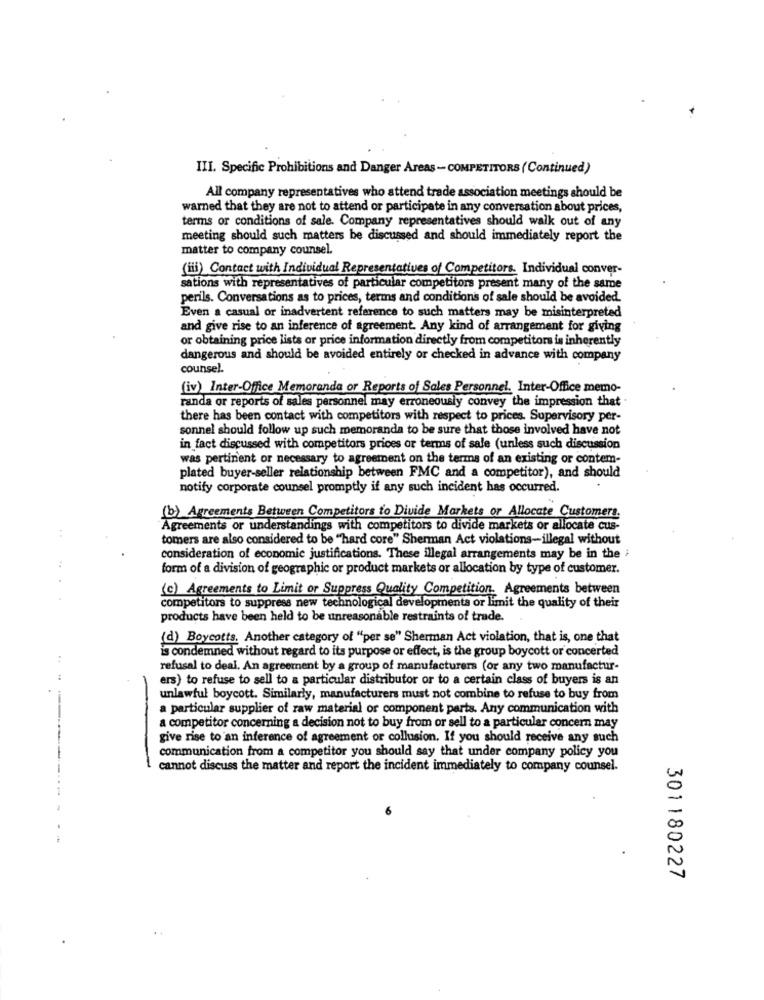
III. Specific Prohibitions and Danger Areas -COMPETITORS (Continued)
All company representatives who attend trade association meetings should be
warned that they are not to attend or participate in any conversation about prices,
terms or conditions of sale. Company representatives should walk out of any
meeting should such matters be discussed and should immediately report the
matter to company counsel.
(iii) Contact with Individual Representatives of Competitors. Individual conver-
sations with representatives of particular competitors present many of the same
perils. Conversations as to prices, terms and conditions of sale should be avoided.
Even a casual or inadvertent reference to such matters may be misinterpreted
and give rise to an inference of agreement. Any kind of arrangement for giving
or obtaining price lists or price information directly from competitors is inherently
dangerous and should be avoided entirely or checked in advance with company
counsel.
(iv) Inter-Office Memoranda or Reports of Sales Personnel. Inter-Office memo-
randa or reports of sales personnel may erroneously convey the impression that
there has been contact with competitors with respect to prices. Supervisory per-
sonnel should follow up such memoranda to be sure that those involved have not
in fact discussed with competitors prices or terms of sale (unless such discussion
was pertinent or necessary to agreement on the terms of an existing or contem-
plated buyer-seller relationship between FMC and a competitor), and should
notify corporate counsel promptly if any such incident has occurred.
(b) Agreements Between Competitors to Divide Markets or Allocate Customers.
Agreements or understandings with competitors to divide markets or allocate cus-
tomers are also considered to be "hard core" Sherman Act violations-illegal without
consideration of economic justifications. These illegal arrangements may be in the i
form of a division of geographic or product markets or allocation by type of customer.
(c) Agreements to Limit or Suppress Quality Competition. Agreements between
competitors to suppress new technological developmenta or limit the quality of their
products have been held to be unreasonable restraints of trade.
(d) Boycotts. Another category of "per se" Sherman Act violation, that is, one that
is condemned without regard to its purpose or effect, is the group boycott or concerted
refusal to deal. An agreement by a group of manufacturers (or any two manufactur-
ers) to refuse to sell to a particular distributor or to a certain class of buyers is an
unlawful boycott. Similarly, manufacturers must not combine to refuse to buy from
a particular supplier of raw material or component parts. Any communication with
a competitor concerning a decision not to buy from or sell to a particular concern may
give rise to an inference of agreement or collusion. If you should receive any such
communication from a competitor you should say that under company policy you
cannot discuss the matter and report the incident immediately to company counsel.
301180227